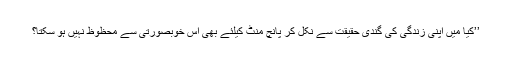
’’کیا میں اپنی زندگی کی گندی حقیقت سے نکل کر پانچ منٹ کیلئے بھی اس خوبصورتی سے محظوظ نہیں ہو سکتا؟